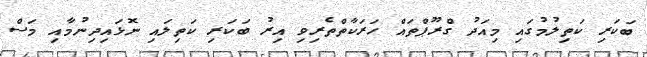
ބަކަރި ކަތިލުމުގައި މިއަދު ގްރޫޕްތައް ހަރަކާތްތެރިވި އިރު ބަކަރި ކަތިލައި ނޮޅައިދިނުމާއި މަސް